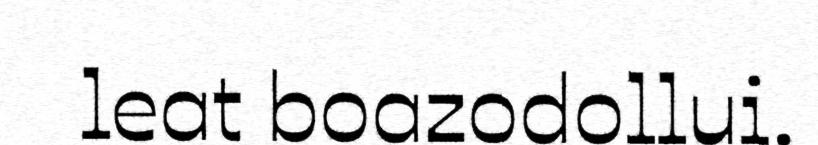
leat boazodollui.